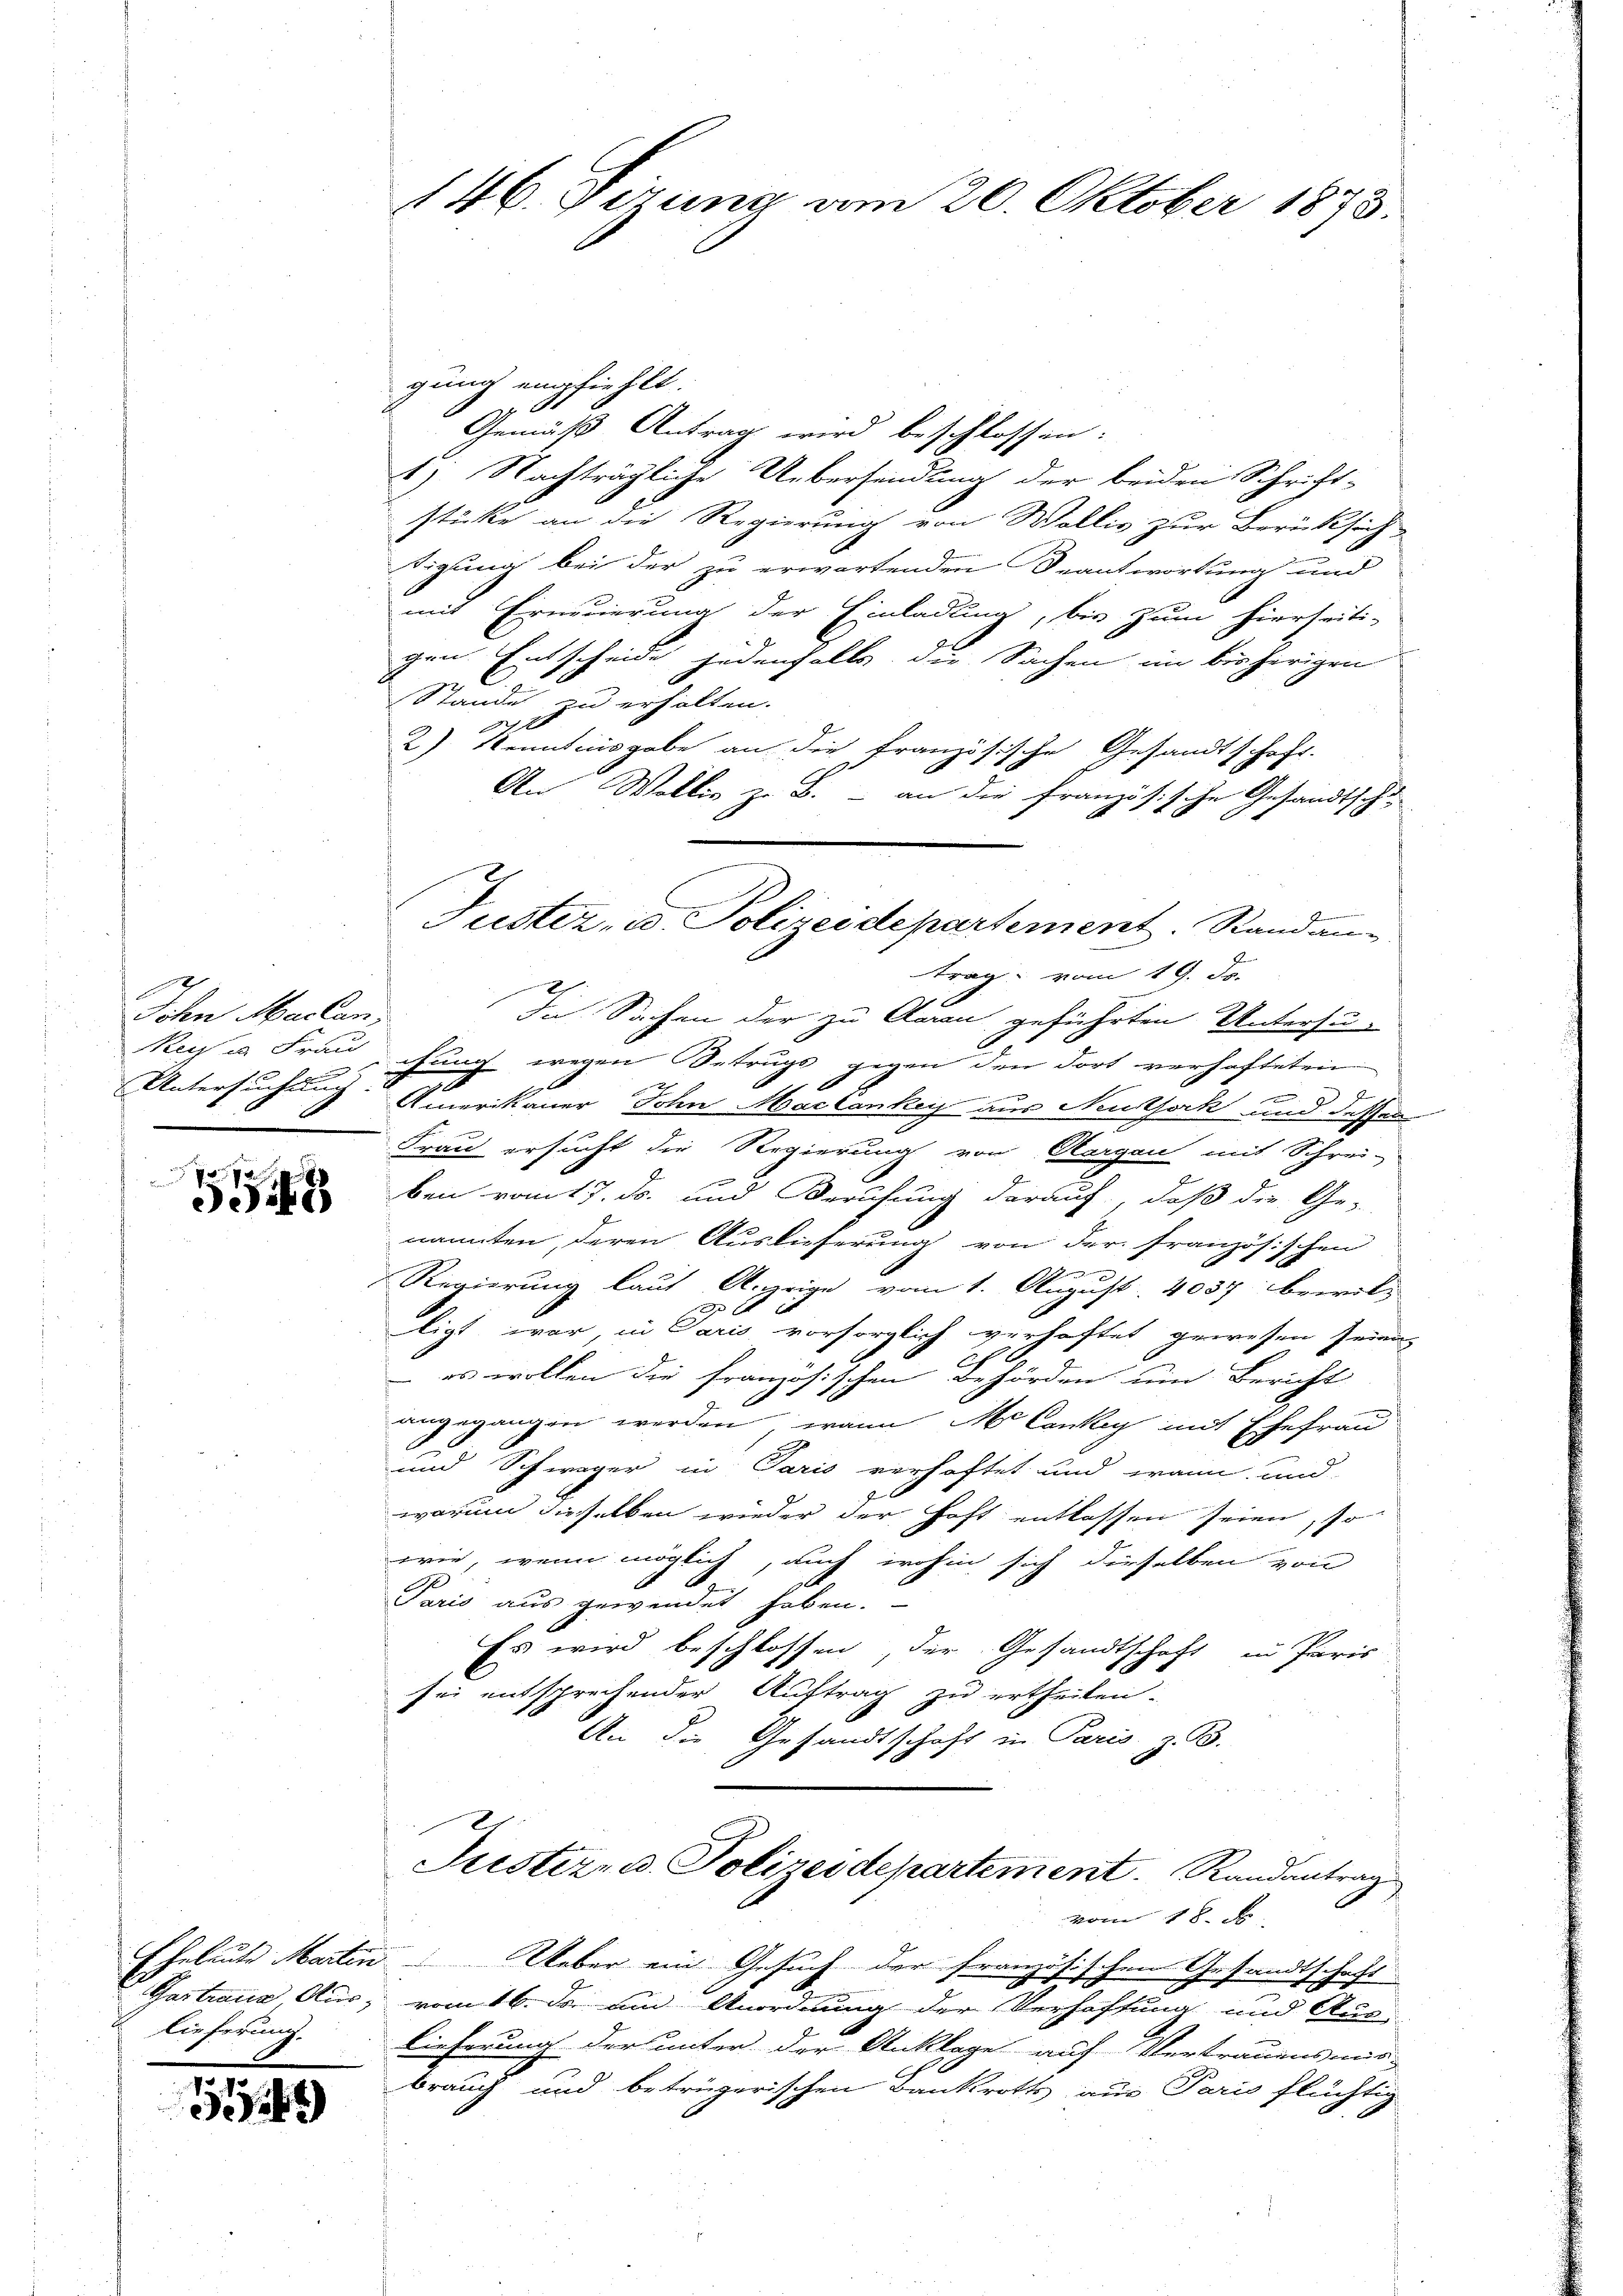
x
Sohn Mackun
.

9 x
49

Taitraue, Aus-
lieferung.

1

146. Sizung am 20. Oktober 1873.

Justiz- u. Polizeidepartement. Standan

gung empfiehlt.
Gemäß Antrag wird beschlossen:
1) Nachträgliche Uebersendung der beiden Schrift-
stücke an die Regierung von Wollis zur Berücksich-
digung bei der zu erwartenden Beantwortung und
mit Erneuerung der Einladung, bis zum hierseiti-
gen Entscheide jedenfalls die Sachen im bisherigen
C.
Stande zu erholten.
at
2) Kenntnisgabe an die französische Gesandtschaft.
An Wallis zu B. - an die französische Gesandtsch
.
trag vom 19. ds.
Die Sachen der zu Caran geführten Untersu-
Kusa Frauchung wegen Betrugs gegen den dort verhafteten
e
Untersuchung. Amerikaner John Maclankey aus Neuthork und dessen
Frau ersucht die Regierung von Aargau mit Schrei-
r
ben vom 17. ds. und Berufung darauf, daß die Ge-
nannten, deren Auslieferung von der französischen
Regierung laut Anzeige vom 1. August. 4037 bewil¬

ligt war, in Paris vorsorglich verhaftet gewesen seien.
 es wollen die französischen Behörden um Bericht
angegangen werden, wann M. Cankey mit Ehefrau
und Schwager in Paris verhaftet und wann und
warum dieselben wieder der Hoft entlassen seien, so
wie, wenn möglich, auch wohin sich dieselben von
Paris aus gewendet haben.
Es wird beschlossen der Gesandtschaft in Paris
sei entsprechender Auftrag zu ertheilen.
An die Gesandtschaft in Paris, z. B.

Justiz- u. Polizeidepartement. Randantrag
vom 18. J

Eheleute Martin Weber ein Gesuch der französischen Gesandtschaft
vom 16. ds. um Anordnung der Verhaffung und Aus-
lieferung der unter der Anklage auf Vertrauensmis-
brauch und betrügerischen Bankroths aus Paris flüchtig